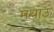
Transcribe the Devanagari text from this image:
मथाऊ